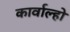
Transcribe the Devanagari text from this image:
कार्वाल्हो